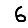
Digit: 6